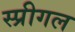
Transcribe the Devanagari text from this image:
स्प्रीगल